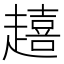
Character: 𮚿